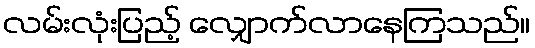
လမ်းလုံးပြည့် လျှောက်လာနေကြသည်။